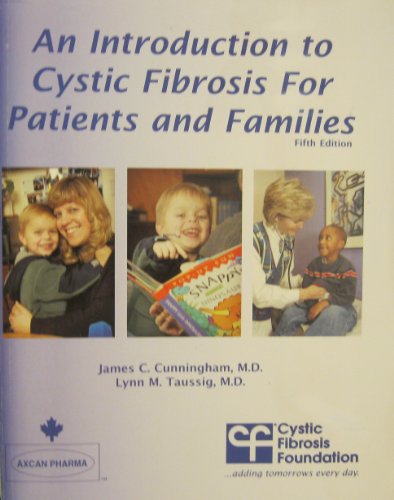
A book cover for An Introduction to Cystic Fibrosis For Patients and Families 5th Edition; M.D., Lynn M. Taussig, M.D. James C. Cunningham; Health, Fitness & Dieting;